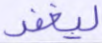
ليغفر